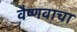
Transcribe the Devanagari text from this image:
वैष्णवाचा